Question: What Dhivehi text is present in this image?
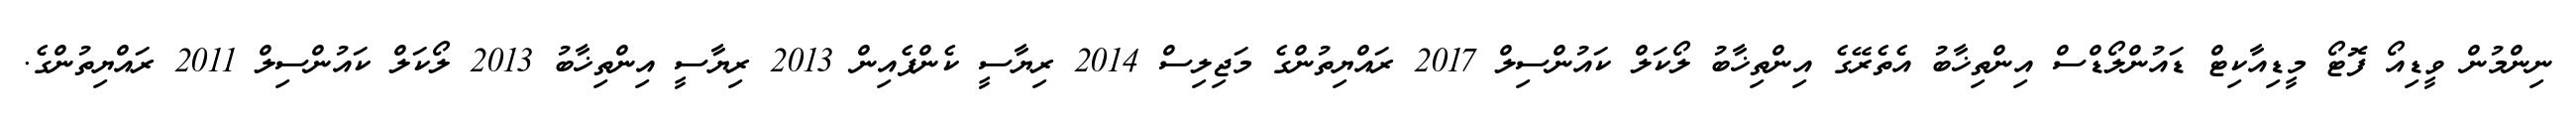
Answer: ނިންމުން ވީޑިއޯ ފޮޓޯ މީޑިއާކިޓް ޑައުންލޯޑްސް އިންތިޚާބު އެތެރޭގެ އިންތިޚާބު ލޯކަލް ކައުންސިލް 2017 ރައްޔިތުންގެ މަޖިލިސް 2014 ރިޔާސީ ކެންޕެއިން 2013 ރިޔާސީ އިންތިޚާބު 2013 ލޯކަލް ކައުންސިލް 2011 ރައްޔިތުންގެ.